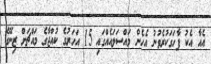
އެއާ އެކު ފާހަގަކުރެވުނު އެހެން މައްސަލައެއްގައި 15 އަހަރުގެ ކުއްޖާގެ މައްޗަށް ޒިނޭގެ